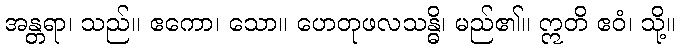
အန္တရာ၊ သည်။ ဧကော၊ သော။ ဟေတုဖလသန္ဓိ၊ မည်၏။ ဣတိ ဧဝံ၊ သို့။